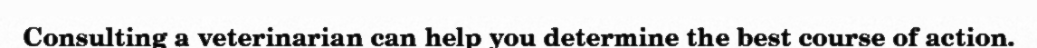
Consulting a veterinarian can help you determine the best course of action.